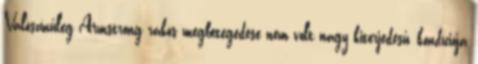
Valószínűleg Armstrong rákos megbetegedése nem volt nagy kiterjedésű, kondíciója